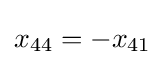
x_{44}=-x_{41}